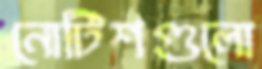
নোটিশগুলো